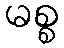
မစ္စ